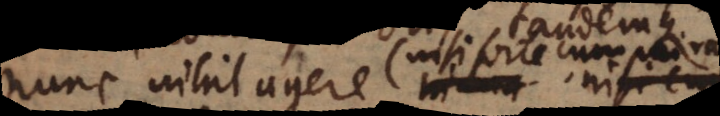
nunc nihil agere nisi cum